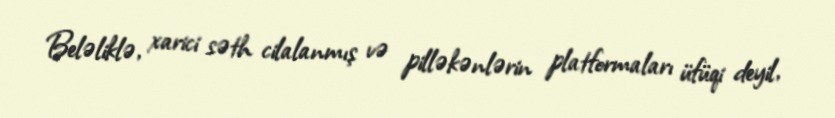
Beləliklə, xarici səth cilalanmış və pilləkənlərin platformaları üfüqi deyil,